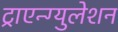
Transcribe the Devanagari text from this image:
ट्राएन्ग्युलेशन